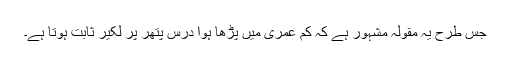
جس طرح یہ مقولہ مشہور ہے کہ کم عمری میں پڑھا ہوا درس پتھر پر لکیر ثابت ہوتا ہے۔